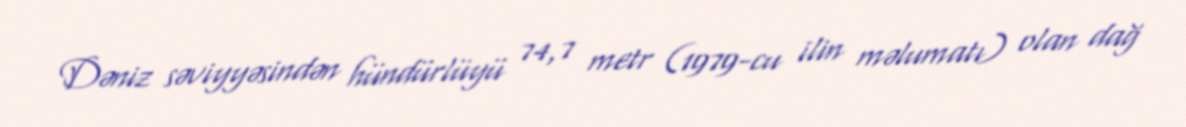
Dəniz səviyyəsindən hündürlüyü 74,7 metr (1979-cu ilin məlumatı) olan dağ